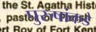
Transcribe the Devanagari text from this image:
पुरुषांकडे